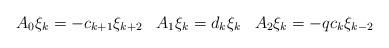
LaTeX: \begin{align*}\begin{array}{cccc}A_{0}\xi_{k}=-c_{k+1}\xi_{k+2} &A_{1}\xi_{k}=d_{k}\xi_{k} & A_{2}\xi_{k}=-q c_{k}\xi_{k-2} & \\\end{array}\end{align*}